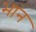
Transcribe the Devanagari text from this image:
भांन